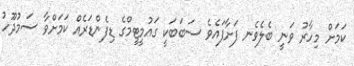
ކަމަށް މިހާރު ވަނީ ބެލެވެނ ފަށާފައެވެ ސަބަބަކީ ގައުމީޓީމްގެ ޑިފެންޑަރެއް ކަމަށްވާ ސަމުދޫހު